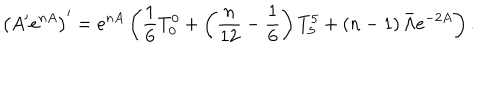
\left( A ^ { \prime } e ^ { n A } \right) ^ { \prime } = e ^ { n A } \left( \frac { 1 } { 6 } T _ { 0 } ^ { 0 } + \left( \frac { n } { 1 2 } - \frac { 1 } { 6 } \right) T _ { 5 } ^ { 5 } + \left( n - 1 \right) \bar { \Lambda } e ^ { - 2 A } \right) .